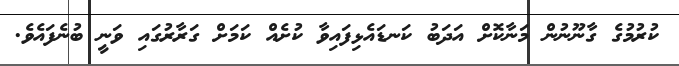
ކުރުމުގެ ގާނޫނުން މަނާކޮށް އަދަބު ކަނޑައެޅިފައިވާ ކުށެއް ކަމަށް ގަރާރުގައި ވަނީ ބުނެފައެވެ.